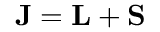
{ \mathbf { J } } = { \mathbf { L } } + { \mathbf { S } }